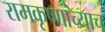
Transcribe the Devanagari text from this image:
रामकृष्णांच्याच